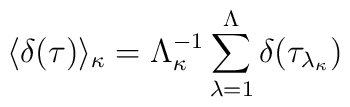
\langle \delta(\tau)\rangle_{\kappa}  = \Lambda^{-1} _\kappa \sum_{\lambda =1}^\Lambda\delta(\tau_{\lambda_{\kappa}})